Scientific memoirs by medical officers of the Army of India - Part XII,
Year: 1901
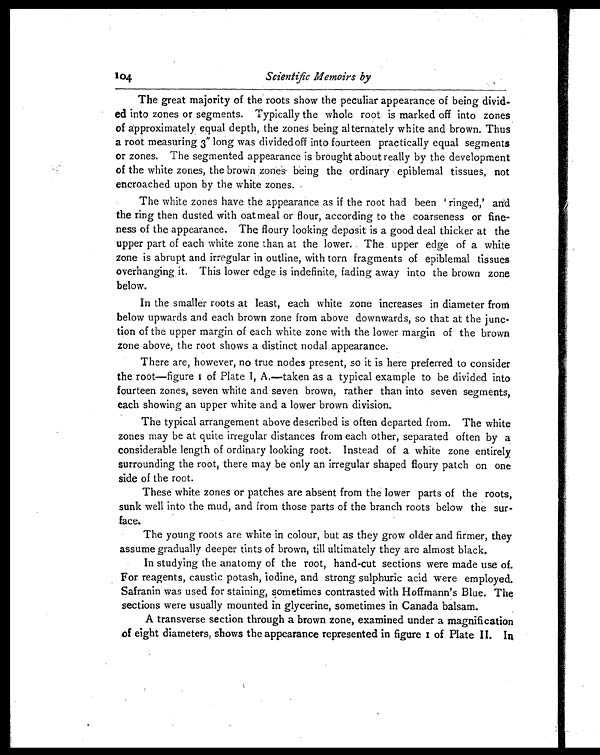
104
Scientific Memoirs by
The great majority of the roots show the peculiar appearance of being divid-
ed into zones or segments. Typically the whole root is marked off into zones
of approximately equal depth, the zones being alternately white and brown. Thus
a root measuring 3" long was divided off into fourteen practically equal segments
or zones. The segmented appearance is brought about really by the development
of the white zones, the brown zones being the ordinary epiblemal tissues, not
encroached upon by the white zones.
The white zones have the appearance as if the root had been ' ringed,' and
the ring then dusted with oatmeal or flour, according to the coarseness or fine-
ness of the appearance. The floury looking deposit is a good deal thicker at the
upper part of each white zone than at the lower. The upper edge of a white
zone is abrupt and irregular in outline, with torn fragments of epiblemal tissues
overhanging it. This lower edge is indefinite, fading away into the brown zone
below.
In the smaller roots at least, each white zone increases in diameter froth
below upwards and each brown zone from above downwards, so that at the junc-
tion of the upper margin of each white zone with the lower margin of the brown
zone above, the root shows a distinct nodal appearance.
There are, however, no true nodes present, so it is here preferred to consider
the root—figure 1 of Plate 1 , A,—taken as a typical example to be divided into
fourteen zones, seven white and seven brown, rather than into seven segments,
each showing an upper white and a lower brown division.
The typical arrangement above described is often departed from. The white
zones may be at quite irregular distances from each other, separated often by a
considerable length of ordinary looking root. Instead of a white zone entirely
surrounding the root, there may be only an irregular shaped floury patch on one
side of the root.
These white zones or patches are absent from the lower parts of the roots,
sunk well into the mud, and from those parts of the branch roots below the sur-
face.
The young roots are white in colour, but as they grow older and firmer, they
assume gradually deeper tints of brown, till ultimately they are almost black.
In studying the anatomy of the root, hand-cut sections were made use of.
For reagents, caustic potash, iodine, and strong sulphuric acid were employed.
Safranin was used for staining, sometimes contrasted with Hoffmann's Blue. The
sections were usually mounted in glycerine, sometimes in Canada balsam.
A transverse section through a brown zone, examined under a magnification
of eight diameters, shows the appearance represented in figure I of Plate II. In